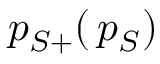
p _ { S + } ( \, p _ { S } )